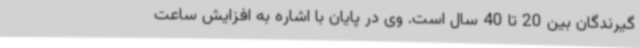
گیرندگان بین 20 تا 40 سال است. وی در پایان با اشاره به افزایش ساعت